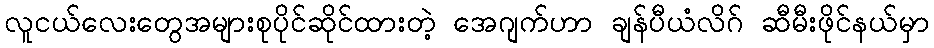
လူငယ်လေးတွေအများစုပိုင်ဆိုင်ထားတဲ့ အေဂျက်ဟာ ချန်ပီယံလိဂ် ဆီမီးဖိုင်နယ်မှာ